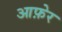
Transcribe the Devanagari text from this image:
आफ़ेर